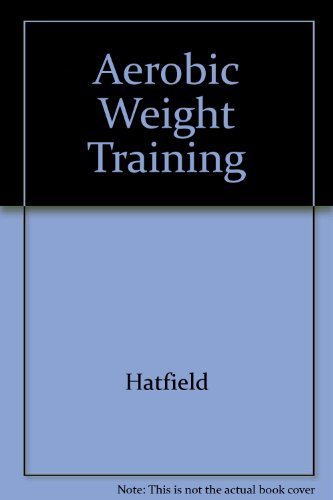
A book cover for Aerobic Weight Training: The Athlete's Guide to Improved Sports Performance; Frederick C. Hatfield; Health, Fitness & Dieting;